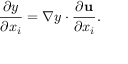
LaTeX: { \frac { \partial y } { \partial x _ { i } } } = \nabla y \cdot { \frac { \partial \mathbf { u } } { \partial x _ { i } } } .